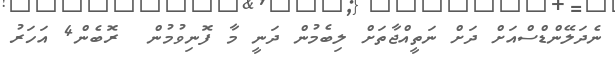
ނެދަލޭންޑްސްއަށް ދަށް ނަތީއްޖާތަށް ލިބެމުން ދަނީ މާ ފޮނިވުމުން  ރޮބެން4 އަހަރު